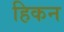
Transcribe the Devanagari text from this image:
हिकन